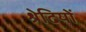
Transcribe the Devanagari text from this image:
श्रेढियों